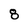
Character: 8